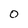
Character: 0